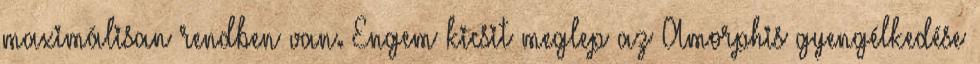
maximálisan rendben van. Engem kicsit meglep az Amorphis gyengélkedése